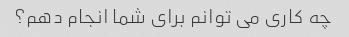
چه کاری می توانم برای شما انجام دهم؟